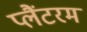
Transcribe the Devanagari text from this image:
प्लैंटरम